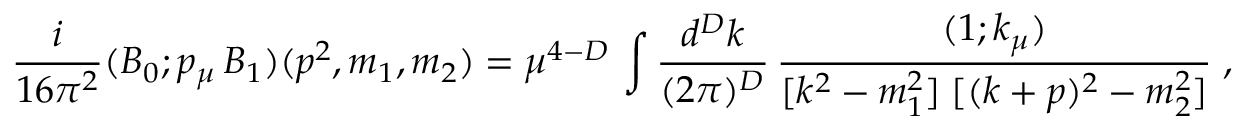
\frac { i } { 1 6 \pi ^ { 2 } } ( B _ { 0 } ; p _ { \mu } \, B _ { 1 } ) ( p ^ { 2 } , m _ { 1 } , m _ { 2 } ) = \mu ^ { 4 - D } \, \int \frac { d ^ { D } k } { ( 2 \pi ) ^ { D } } \, \frac { ( 1 ; k _ { \mu } ) } { [ k ^ { 2 } - m _ { 1 } ^ { 2 } ] \; [ ( k + p ) ^ { 2 } - m _ { 2 } ^ { 2 } ] } \; ,